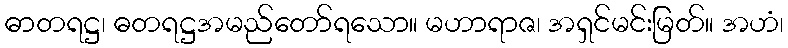
ဓာတရဋ္ဌ၊ ဓတရဋ္ဌအမည်တော်ရသော။ မဟာရာဇ၊ အရှင်မင်းမြတ်။ အဟံ၊